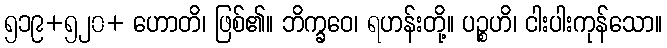
၅၁၉+၅၂၀+ ဟောတိ၊ ဖြစ်၏။ ဘိက္ခဝေ၊ ရဟန်းတို့။ ပဉ္စဟိ၊ ငါးပါးကုန်သော။